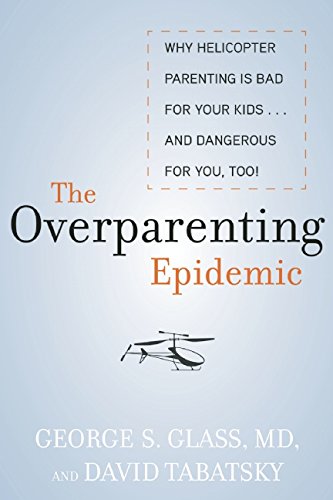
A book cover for The Overparenting Epidemic: Why Helicopter Parenting Is Bad for Your Kids . . . and Dangerous for You, Too!; M.D. George Glass M.D.; Medical Books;